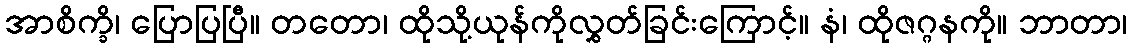
အာစိက္ခိ၊ ပြောပြပြီ။ တတော၊ ထိုသို့ယုန်ကိုလွှတ်ခြင်းကြောင့်။ နံ၊ ထိုဇဂ္ဂနကို။ ဘာတာ၊